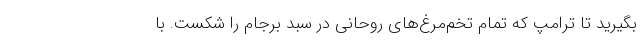
بگیرید تا ترامپ که تمام تخم‌مرغ‌های روحانی در سبد برجام را شکست. با